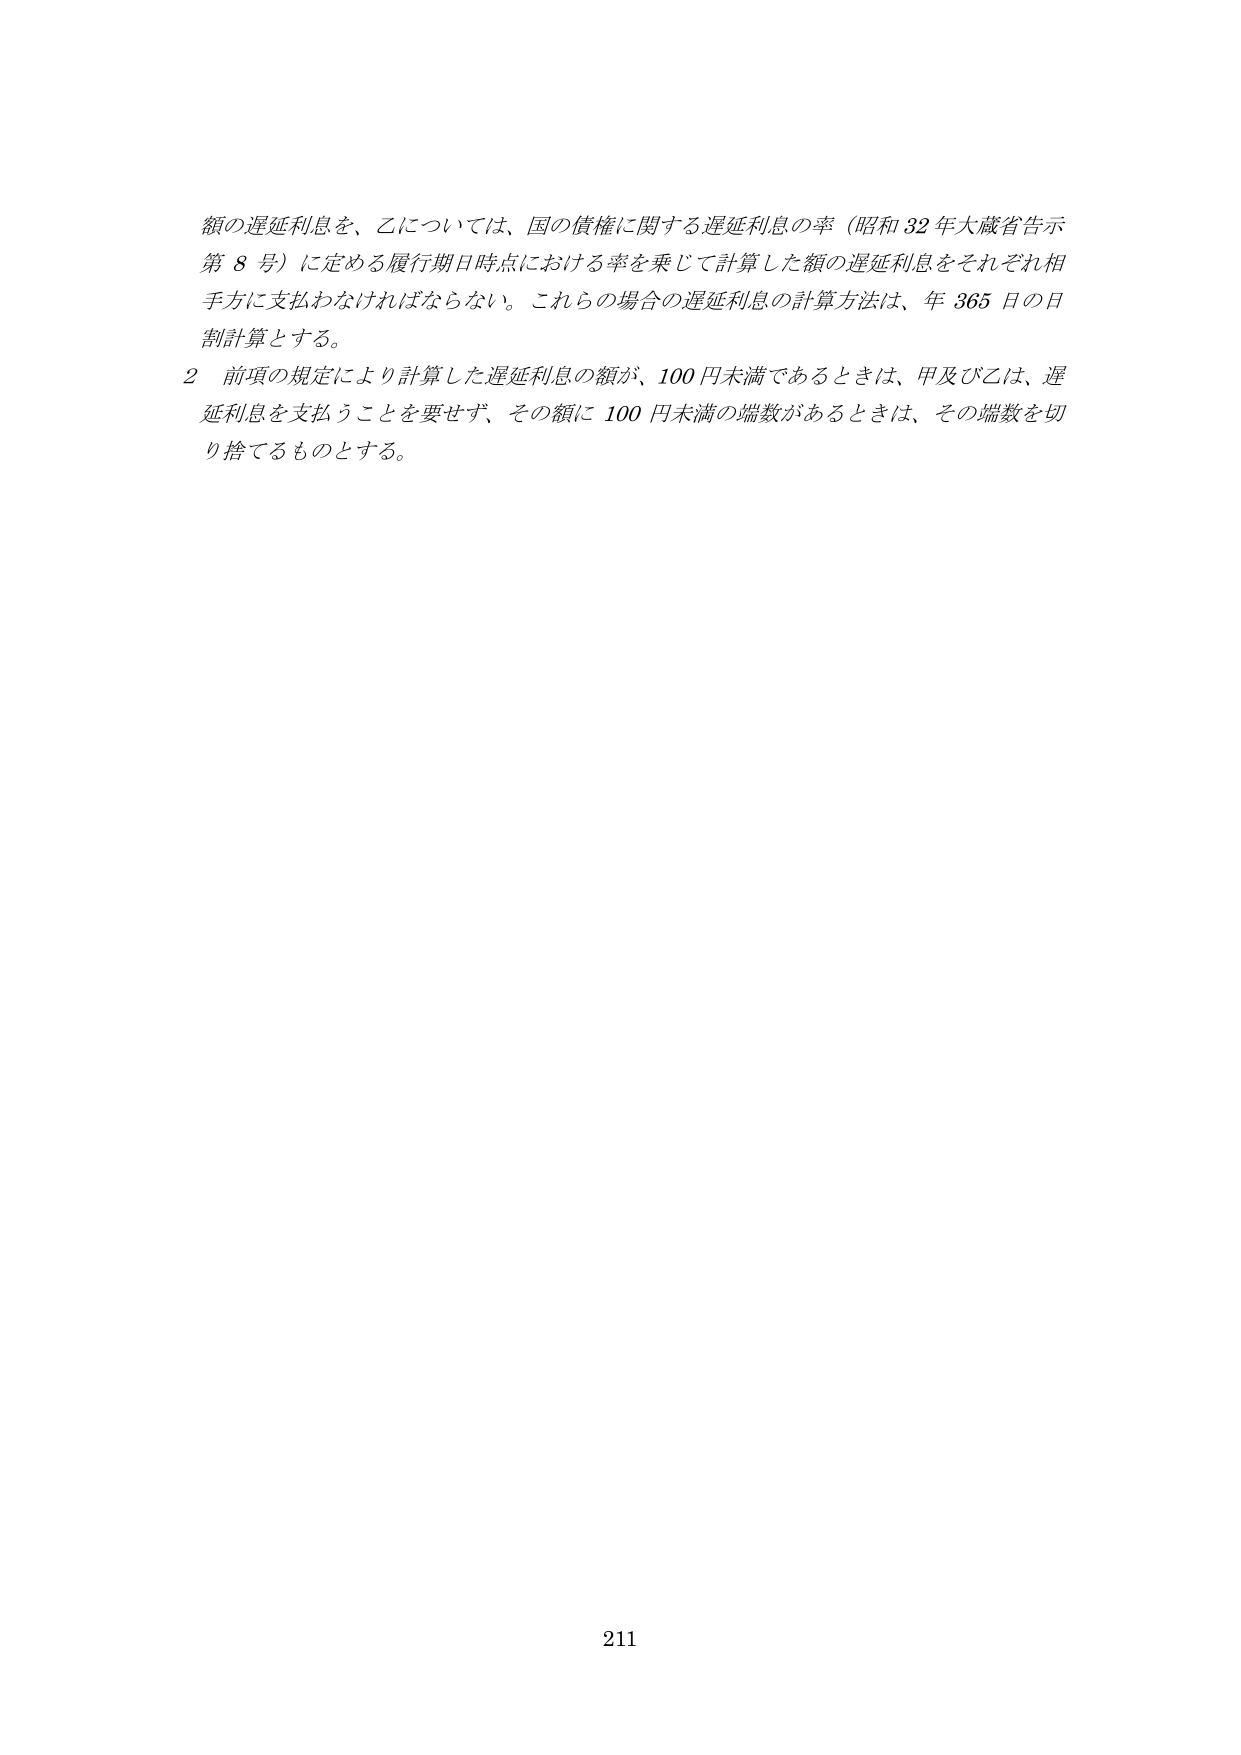
額の遅延利息を、乙については、国の債権に関する遅延利息の率（昭和32年大蔵省告示第8号）に定める履行期日時点における率を乗じて計算した額の遅延利息をそれぞれ相手方に支払わなければならない。これらの場合の遅延利息の計算方法は、年365日の日割計算とする。

2 前項の規定により計算した遅延利息の額が、100円未満であるときは、甲及び乙は、遅延利息を支払うことを要せず、その額に100円未満の端数があるときは、その端数を切り捨てるものとする。

211